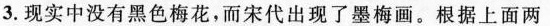
3.现实中没有黑色梅花，而宋代出现了墨梅画。根据上面两